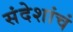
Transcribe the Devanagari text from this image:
संदेशांचं